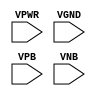
module sky130_fd_sc_hvl__decap (
    VPWR,
    VGND,
    VPB ,
    VNB
);

    input VPWR;
    input VGND;
    input VPB ;
    input VNB ;
endmodule